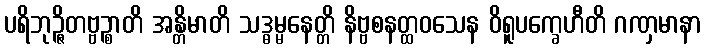
ပရိဘုဉ္ဇိတဗ္ဗဉ္စာတိ အန္တိမာတိ သဒ္ဓမ္မနေတ္တိ နိဗ္ဗစနတ္ထဝသေန ဝိရူပက္ခေဟီတိ ဂဏှမာနာ